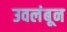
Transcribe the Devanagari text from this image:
उवलंबून